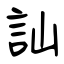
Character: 訕